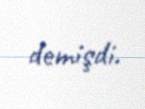
demişdi.